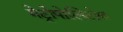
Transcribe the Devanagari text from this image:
मेट्रोपोलिटोण